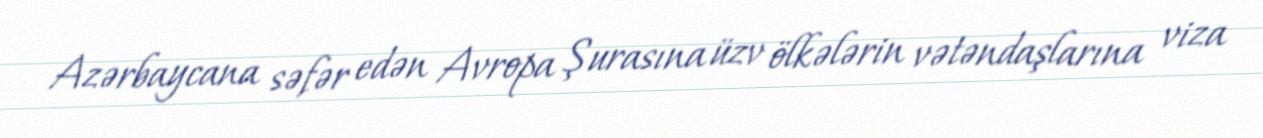
Azərbaycana səfər edən Avropa Şurasına üzv ölkələrin vətəndaşlarına viza